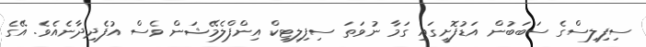
ސިފިލިސްގެ ސަބަބުން އަޑުފޮށީގައި ގަމާ ނުވަތަ ސިފިލިޓިކް އިންފްލެމޭޝަން ވެސް އުފެދިދާނެއެވެ. އޭގެ